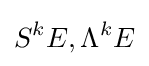
S^{k}E,\Lambda ^{k}E